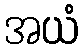
အယံ